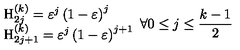
\begin{array} { l } { \mathrm { H } _ { 2 j } ^ { \left( k \right) } = \varepsilon ^ { j } \left( 1 - \varepsilon \right) ^ { j } } \\ { \mathrm { H } _ { 2 j + 1 } ^ { \left( k \right) } = \varepsilon ^ { j } \left( 1 - \varepsilon \right) ^ { j + 1 } } \\ \end{array} \forall 0 \leq j \leq \frac { k - 1 } 2